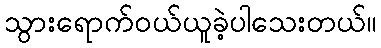
သွားရောက်ဝယ်ယူခဲ့ပါသေးတယ်။